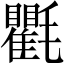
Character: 氍